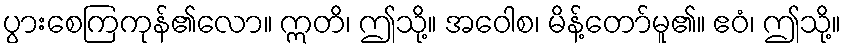
ပွားစေကြကုန်၏လော။ ဣတိ၊ ဤသို့။ အဝေါစ၊ မိန့်တော်မူ၏။ ဧဝံ၊ ဤသို့။